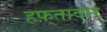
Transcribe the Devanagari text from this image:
हफ़्तावार